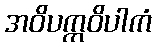
အဝိပက္ကဝိပါကံ